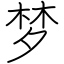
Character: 梦